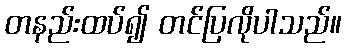
တနည်းထပ်၍ တင်ပြလိုပါသည်။